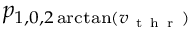
p _ { 1 , 0 , 2 \arctan ( v _ { \mathrm { ~ t ~ h ~ r ~ } } ) }